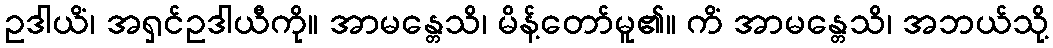
ဥဒါယိံ၊ အရှင်ဥဒါယီကို။ အာမန္တေသိ၊ မိန့်တော်မူ၏။ ကိံ အာမန္တေသိ၊ အဘယ်သို့